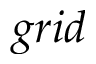
g r i d